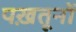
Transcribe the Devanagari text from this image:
पख़तूनों